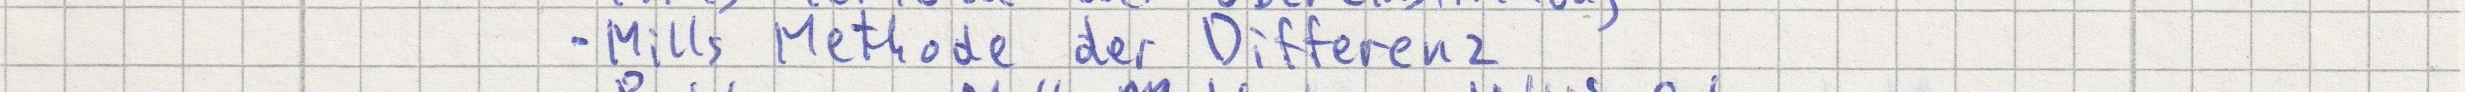
- Mills Methode der Differenz